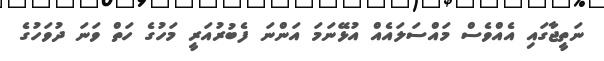
ނަތީޖާގައި އެއްވެސް މައްސަލައެއް އުޅޭނަމަ އަންނަ ފެބުރުއަރީ މަހުގެ ހަތް ވަނަ ދުވަހުގެ